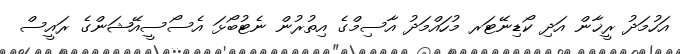
އަހުމަދު ރީޚާން އަދި ކޯޑިނޭޓަރ މުހައްމަދު އާސިމްގެ އިތުރުން ނެޓުބޯޅަ އެސޯސީއޭޝަންގެ ރައީސް